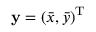
{ \mathbf y } = ( \bar { x } , \bar { y } ) ^ { { \mathrm T } }